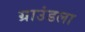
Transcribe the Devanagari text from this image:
ग्राउंडला